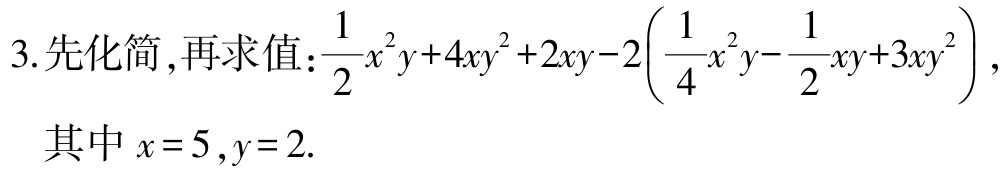
3.先化简,再求值:$\frac{1}{2}x^{2}y + 4xy^{2}+2xy - 2\left(\frac{1}{4}x^{2}y - \frac{1}{2}xy + 3xy^{2}\right)$,

其中$x = 5,y = 2$.